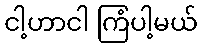
ငါ့ဟာငါ ကြံပါ့မယ်